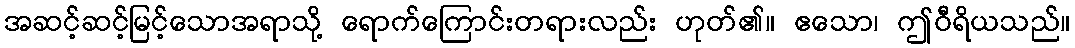
အဆင့်ဆင့်မြင့်သောအရာသို့ ရောက်ကြောင်းတရားလည်း ဟုတ်၏။ ဧသော၊ ဤဝီရိယသည်။